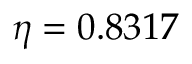
\eta = 0 . 8 3 1 7